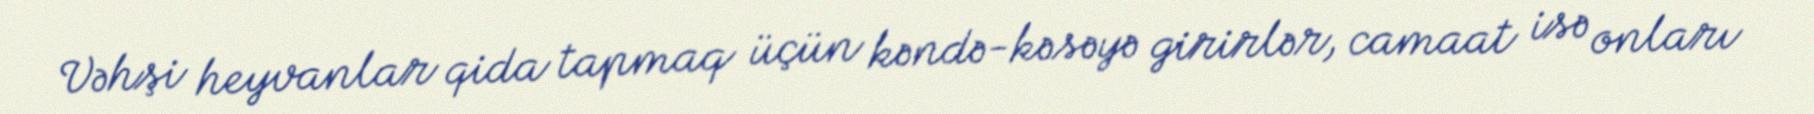
Vəhşi heyvanlar qida tapmaq üçün kəndə-kəsəyə girirlər, camaat isə onları